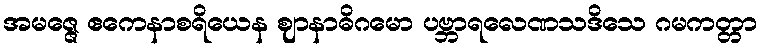
အမဇ္ဇေ ဧကေနာစရိယေန ဈာနာဓိဂမော ပဗ္ဘာရလေဏသဒိသေ ဂမကတ္တာ